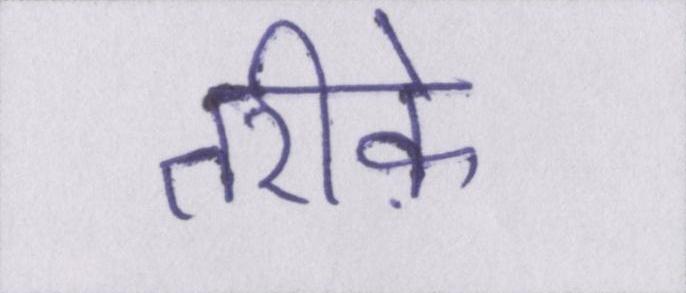
तरीके़